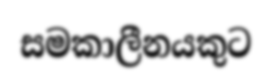
සමකාලීනයකුට